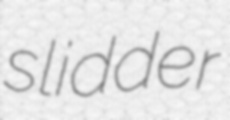
slidder